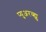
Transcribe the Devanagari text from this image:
प्युअरव्ह्यु